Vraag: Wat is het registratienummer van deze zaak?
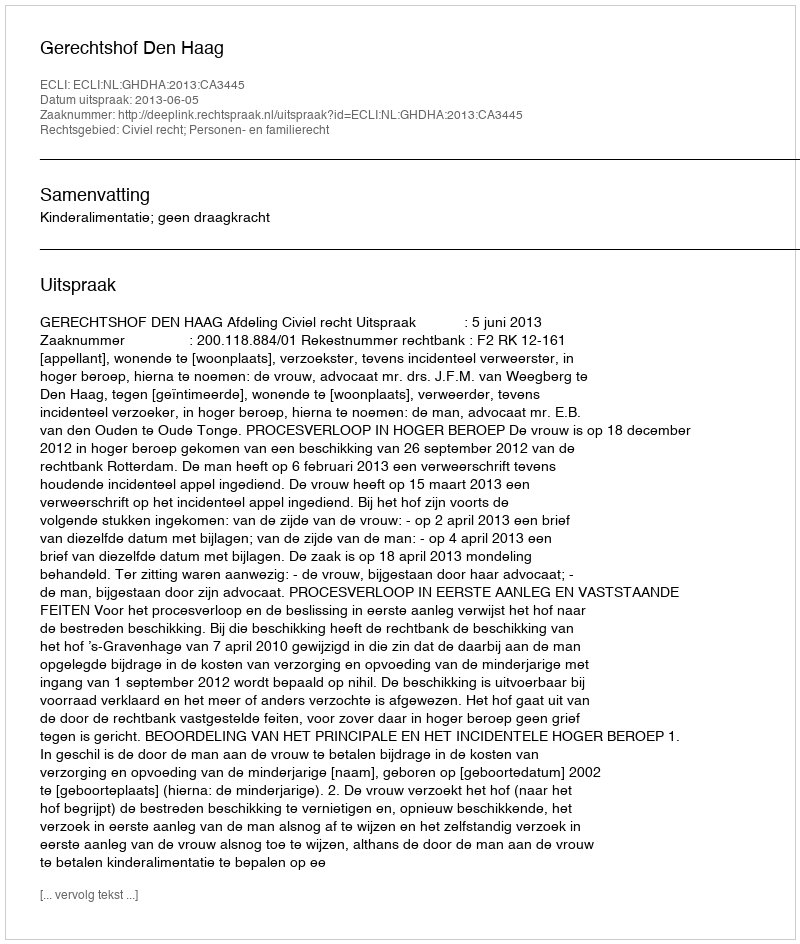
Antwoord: http://deeplink.rechtspraak.nl/uitspraak?id=ECLI:NL:GHDHA:2013:CA3445